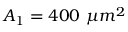
A _ { 1 } = 4 0 0 ~ \mu m ^ { 2 }